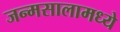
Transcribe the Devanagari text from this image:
जन्मसालामध्ये